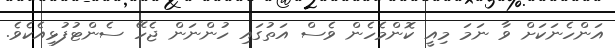
އަންހެނަކަށް ވާ ނަމަ މިއީ ކޮންމެހެން ވެސް އަތުގައި ހުންނަން ޖެހޭ ސެންޓުފުޅިއެކެވެ.